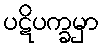
ပဋိပက္ခမှာ